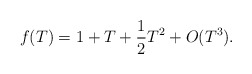
\begin{align*}f(T)= 1+T+{1\over 2} T^2 + O(T^3).\end{align*}